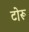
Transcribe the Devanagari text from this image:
टोरू